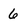
Character: 6